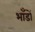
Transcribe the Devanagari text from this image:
भाँडों